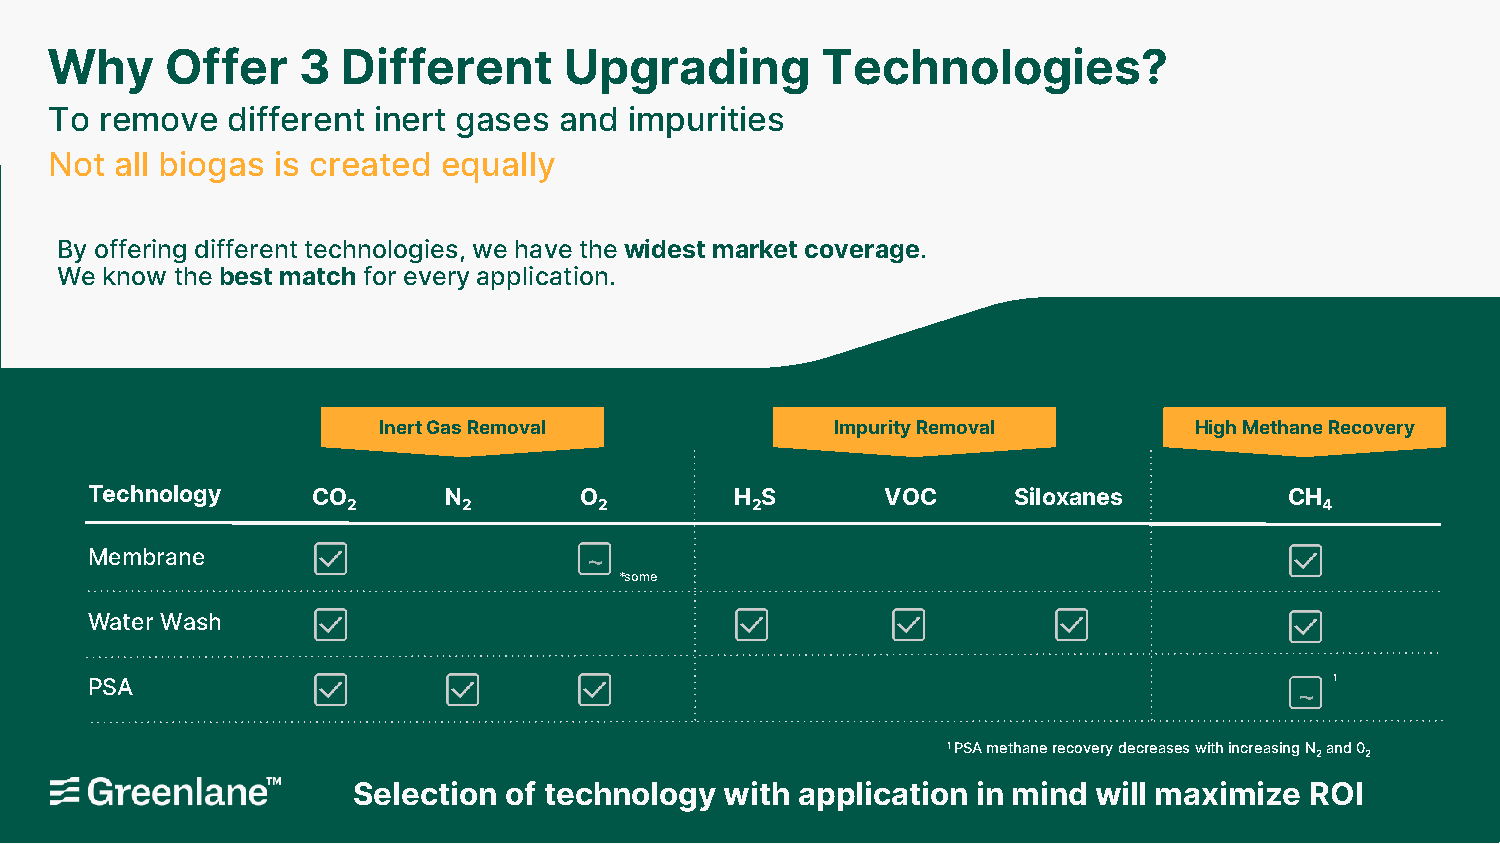
Why     Offer    3  Different     Upgrading        Technologies?
 To  remove  different inert gases and  impurities
 Not  all biogas is created equally
 By offering different technologies, we have the widest market coverage.
 We know the best match for every application.
 Inert Gas Removal             Impurity Removal        High Methane Recovery
 Technology     CO      N        O          H S       VOC     Siloxanes         CH
 2       2        2         2                                     4
 Membrane                         ~
 *some
 Water Wash
 PSA                                                                             ~ 1
 1 PSA methane recovery decreases with increasing N and 0
 2  2
 Selection of technology  with application in mind will maximize ROI
 TSX: GRN | FSE: 52G | OTC: GRNWF 7                                    July 3, 2023